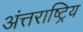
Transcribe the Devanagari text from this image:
अंत्तराष्ट्रिय